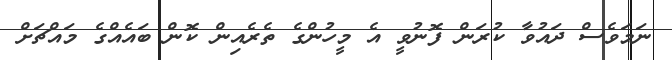
ނަމަވެސް ދައުވާ ކުރަން ފޮނުވީ އެ މީހުންގެ ތެރެއިން ކޮން ބައެއްގެ މައްޗަށް